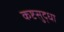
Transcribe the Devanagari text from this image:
कष्टसुद्धा